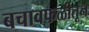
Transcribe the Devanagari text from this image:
बचावफळीतून